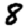
Digit: 8